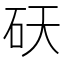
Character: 𬑾